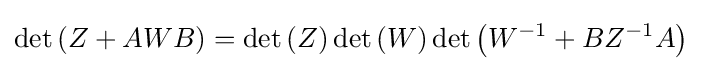
\det \left(Z+AWB\right)=\det \left(Z\right)\det \left(W\right)\det \left(W^{-1}+BZ^{-1}A\right)